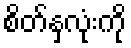
စိတ်နှလုံးကို